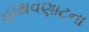
હાથવણાટના